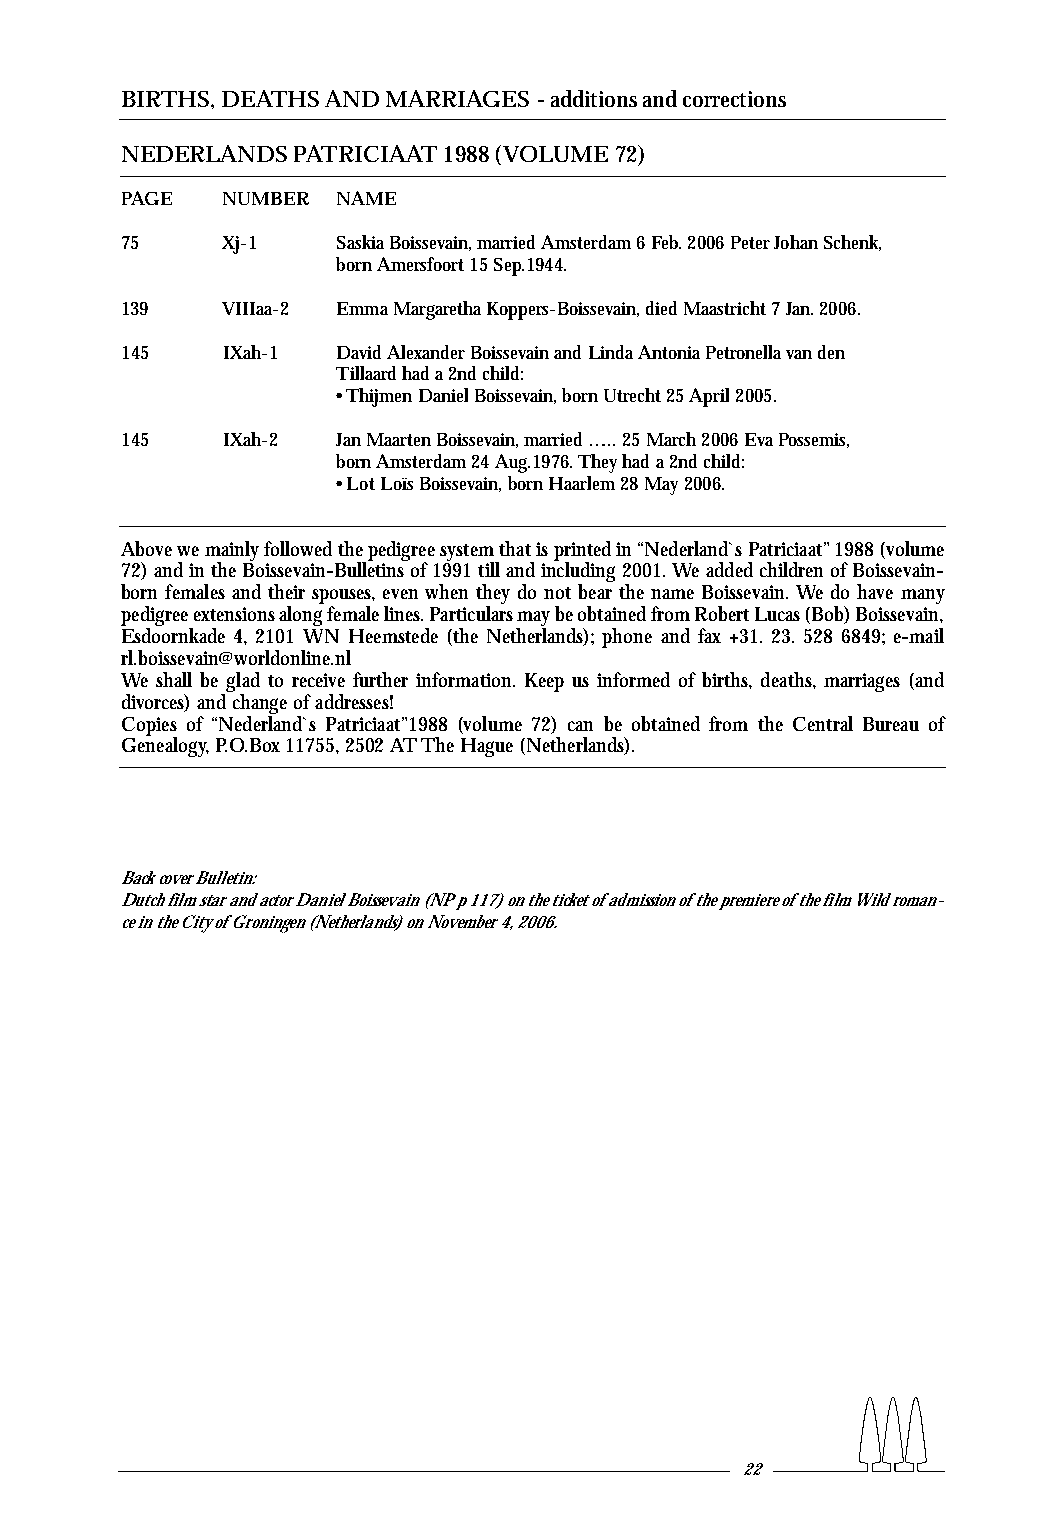
BIRTHS,DEATHS AND MARRIAGES - additions and corrections
 NEDERLANDS PATRICIAAT 1988 (VOLUME 72)
 PAGE   NUMBER NAME
 75     Xj-1   Saskia Boissevain,married Amsterdam 6 Feb.2006 Peter Johan Schenk,
 born Amersfoort 15 Sep.1944.
 139    VIIIaa-2 Emma Margaretha Koppers-Boissevain,died Maastricht 7 Jan.2006.
 145    IXah-1 David Alexander Boissevain and Linda Antonia Petronella van den
 Tillaard had a 2nd child:
 •Thijmen Daniel Boissevain,born Utrecht 25 April 2005.
 145    IXah-2 Jan Maarten Boissevain,married …..25 March 2006 Eva Possemis,
 born Amsterdam 24 Aug.1976.They had a 2nd child:
 •Lot Loïs Boissevain,born Haarlem 28 May 2006.
 Above we mainly followed the pedigree system that is printed in “Nederland`s Patriciaat”1988 (volume
 72) and in the Boissevain-Bulletins of 1991 till and including 2001.We added children of Boissevain-
 born females and their spouses,even when they do not bear the name Boissevain.We do have many
 pedigree extensions along female lines.Particulars may be obtained from Robert Lucas (Bob) Boissevain,
 Esdoornkade 4, 2101 WN Heemstede (the Netherlands); phone and fax +31. 23. 528 6849; e-mail
 rl.boissevain@worldonline.nl
 We shall be glad to receive further information. Keep us informed of births, deaths, marriages (and
 divorces) and change of addresses!
 Copies of “Nederland`s Patriciaat”1988 (volume 72) can be obtained from the Central Bureau of
 Genealogy,P.O.Box 11755,2502 AT The Hague (Netherlands).
 Back cover Bulletin:
 Dutch film star and actor Daniel Boissevain (NP p 117) on the ticket ofadmission ofthe premiere ofthe film Wild roman-
 ce in the City ofGroningen (Netherlands) on November 4,2006.
 22